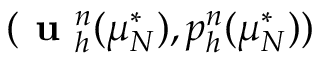
( \textbf { u } _ { h } ^ { n } ( \mu _ { N } ^ { * } ) , p _ { h } ^ { n } ( \mu _ { N } ^ { * } ) )